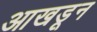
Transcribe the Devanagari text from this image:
आखडून